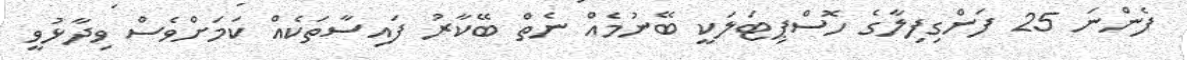
ފެންނަ 25 ފަންގިފިލާގެ ހޮޮސްޕިޓަލަކީ ބޭނުމެއް ނެތް ބޭކާރު ފައިސާތަކެއް ކަމަށްވެސް ވިދާޅުވީ